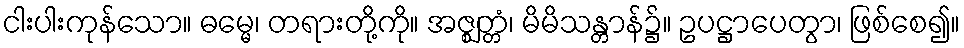
ငါးပါးကုန်သော။ ဓမ္မေ၊ တရားတို့ကို။ အဇ္ဈတ္တံ၊ မိမိသန္တာန်၌။ ဥပဋ္ဌာပေတွာ၊ ဖြစ်စေ၍။